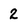
Character: 2